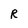
Character: R